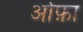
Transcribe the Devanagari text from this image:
ओफ़ा